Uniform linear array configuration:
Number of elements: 32
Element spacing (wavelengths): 0.5
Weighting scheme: hamming
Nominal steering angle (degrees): -15
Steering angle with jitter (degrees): -13.821
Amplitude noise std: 0.05
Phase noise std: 0.05

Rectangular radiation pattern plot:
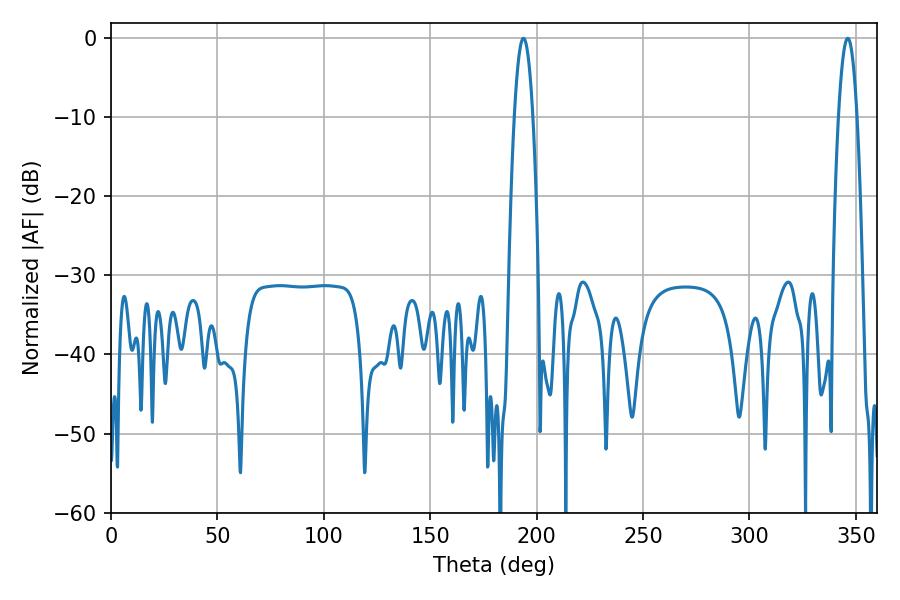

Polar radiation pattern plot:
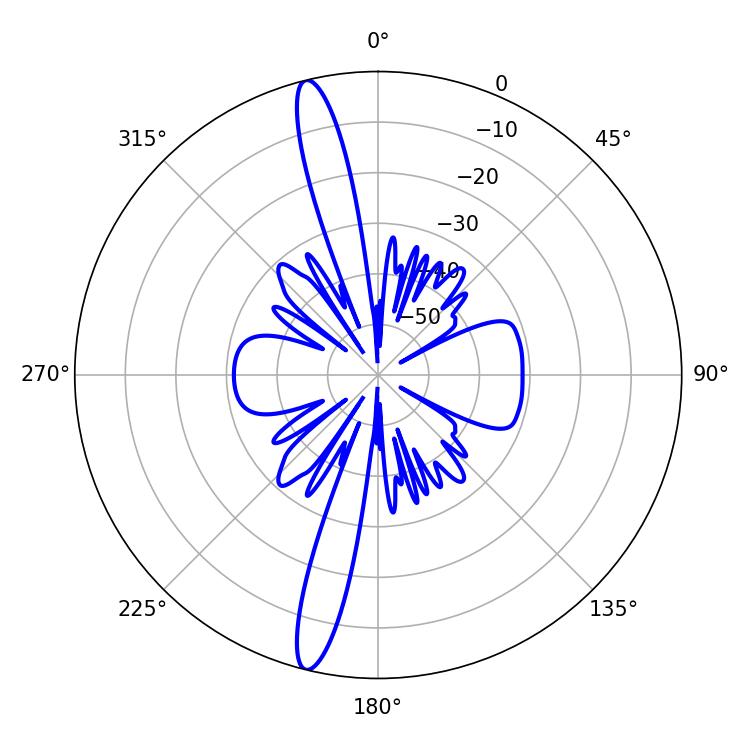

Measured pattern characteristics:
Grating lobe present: FALSE
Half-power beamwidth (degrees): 4.68
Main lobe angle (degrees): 193.86